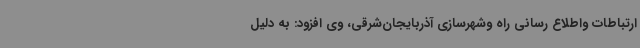
ارتباطات واطلاع رسانی راه وشهرسازی آذربایجان‌شرقی، وی افزود: به دلیل